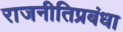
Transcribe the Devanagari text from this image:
राजनीतिप्रबंधा